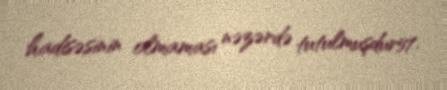
hadisəsinin olmaması nəzərdə tutulmuşdur57.